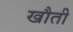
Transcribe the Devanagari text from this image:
खौती